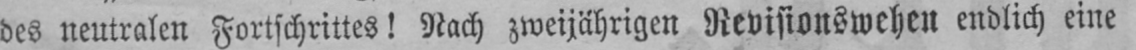
des neutralen Fortschrittes! Nach zweijährigen Revisionswehen endlich eine